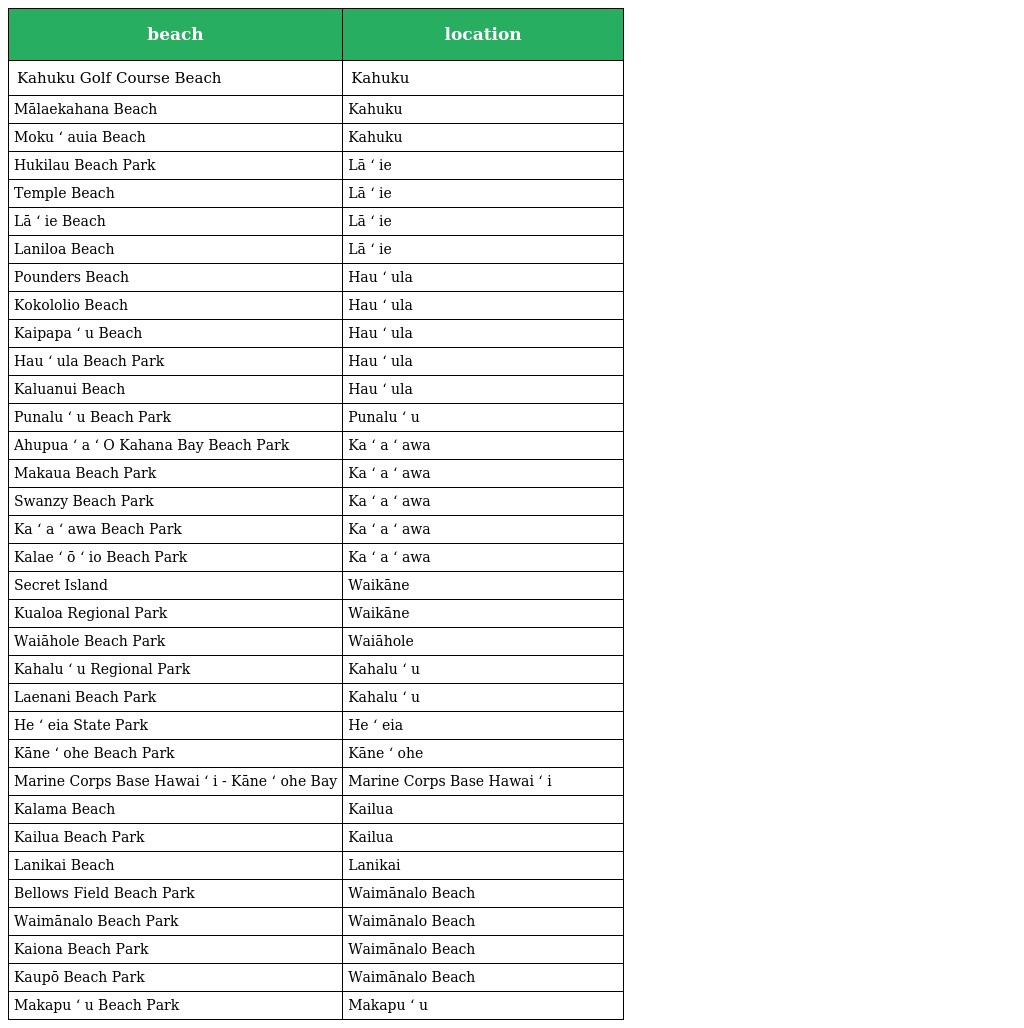
| beach | location |
 | --- | --- |
 | Kahuku Golf Course Beach | Kahuku |
 | Mālaekahana Beach | Kahuku |
 | Moku ʻ auia Beach | Kahuku |
 | Hukilau Beach Park | Lā ʻ ie |
 | Temple Beach | Lā ʻ ie |
 | Lā ʻ ie Beach | Lā ʻ ie |
 | Laniloa Beach | Lā ʻ ie |
 | Pounders Beach | Hau ʻ ula |
 | Kokololio Beach | Hau ʻ ula |
 | Kaipapa ʻ u Beach | Hau ʻ ula |
 | Hau ʻ ula Beach Park | Hau ʻ ula |
 | Kaluanui Beach | Hau ʻ ula |
 | Punalu ʻ u Beach Park | Punalu ʻ u |
 | Ahupua ʻ a ʻ O Kahana Bay Beach Park | Ka ʻ a ʻ awa |
 | Makaua Beach Park | Ka ʻ a ʻ awa |
 | Swanzy Beach Park | Ka ʻ a ʻ awa |
 | Ka ʻ a ʻ awa Beach Park | Ka ʻ a ʻ awa |
 | Kalae ʻ ō ʻ io Beach Park | Ka ʻ a ʻ awa |
 | Secret Island | Waikāne |
 | Kualoa Regional Park | Waikāne |
 | Waiāhole Beach Park | Waiāhole |
 | Kahalu ʻ u Regional Park | Kahalu ʻ u |
 | Laenani Beach Park | Kahalu ʻ u |
 | He ʻ eia State Park | He ʻ eia |
 | Kāne ʻ ohe Beach Park | Kāne ʻ ohe |
 | Marine Corps Base Hawai ʻ i - Kāne ʻ ohe Bay | Marine Corps Base Hawai ʻ i |
 | Kalama Beach | Kailua |
 | Kailua Beach Park | Kailua |
 | Lanikai Beach | Lanikai |
 | Bellows Field Beach Park | Waimānalo Beach |
 | Waimānalo Beach Park | Waimānalo Beach |
 | Kaiona Beach Park | Waimānalo Beach |
 | Kaupō Beach Park | Waimānalo Beach |
 | Makapu ʻ u Beach Park | Makapu ʻ u |